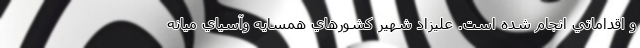
و اقداماتي انجام شده است. عليزاد شهير كشورهاي همسايه وآسياي ميانه